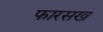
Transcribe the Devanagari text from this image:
फारसख